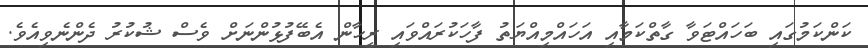
ކަންކަމުގައި ބަހައްޓަވާ ގާތްކަމާއި އަހައްމިއްޔަތު ފާހަކުރައްވައި ރީހާން އެބޭފުޅުންނަށް ވެސް ޝުކުރު ދެންނެވިއެވެ.